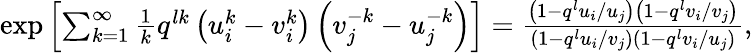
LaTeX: \begin{array}{r}{\exp\left[\sum_{k=1}^{\infty}\frac{1}{k}q^{lk}\left(u_{i}^{k}-v_{i}^{k}\right)\left(v_{j}^{-k}-u_{j}^{-k}\right)\right]=\frac{\left(1-q^{l}u_{i}/u_{j}\right)\left(1-q^{l}v_{i}/v_{j}\right)}{\left(1-q^{l}u_{i}/v_{j}\right)\left(1-q^{l}v_{i}/u_{j}\right)},}\end{array}